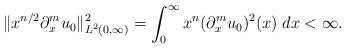
\begin{align*} \|x^{n/2}\partial_x^mu_0\|_{L^2(0,\infty)}^2= \int_0^\infty x^n(\partial_x^mu_0)^2(x) \; dx< \infty.\end{align*}